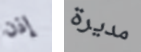
إذن مديرة